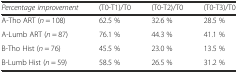
| Percentage improvement | (T0-T1)/T0 | (T0-T2)/T0 | (T0-T3)/T0 |
 | --- | --- | --- | --- |
 | A-Tho ART (n = 108) | 62.5 % | 32.6 % | 28.5 % |
 | A-Lumb ART (n = 87) | 76.1 % | 44.3 % | 41.1 % |
 | B-Tho Hist (n = 76) | 45.5 % | 23.0 % | 13.5 % |
 | B-Lumb Hist (n = 59) | 58.5 % | 26.5 % | 31.2 % |